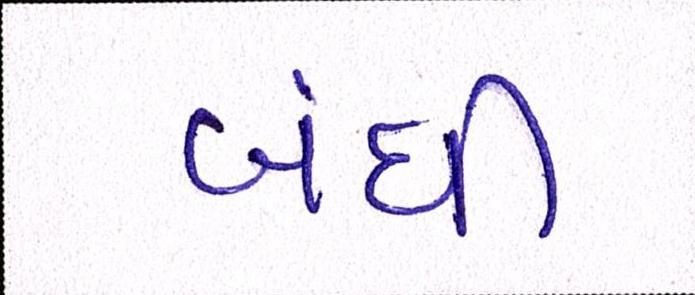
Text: બંધી